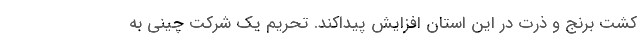
کشت برنج و ذرت در این استان افزایش پیداکند. تحریم یک شرکت چینی به